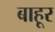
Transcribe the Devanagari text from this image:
बाहूर